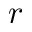
r